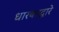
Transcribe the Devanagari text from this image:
धारकाद्वारे